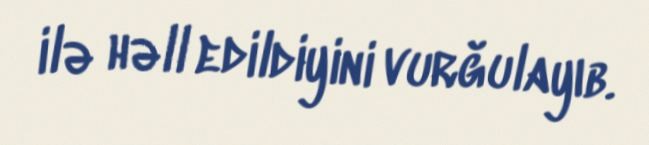
ilə həll edildiyini vurğulayıb.